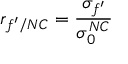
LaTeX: r _ { f ^ { \prime } / N C } = \frac { \sigma _ { f ^ { \prime } } } { \sigma _ { 0 } ^ { N C } }